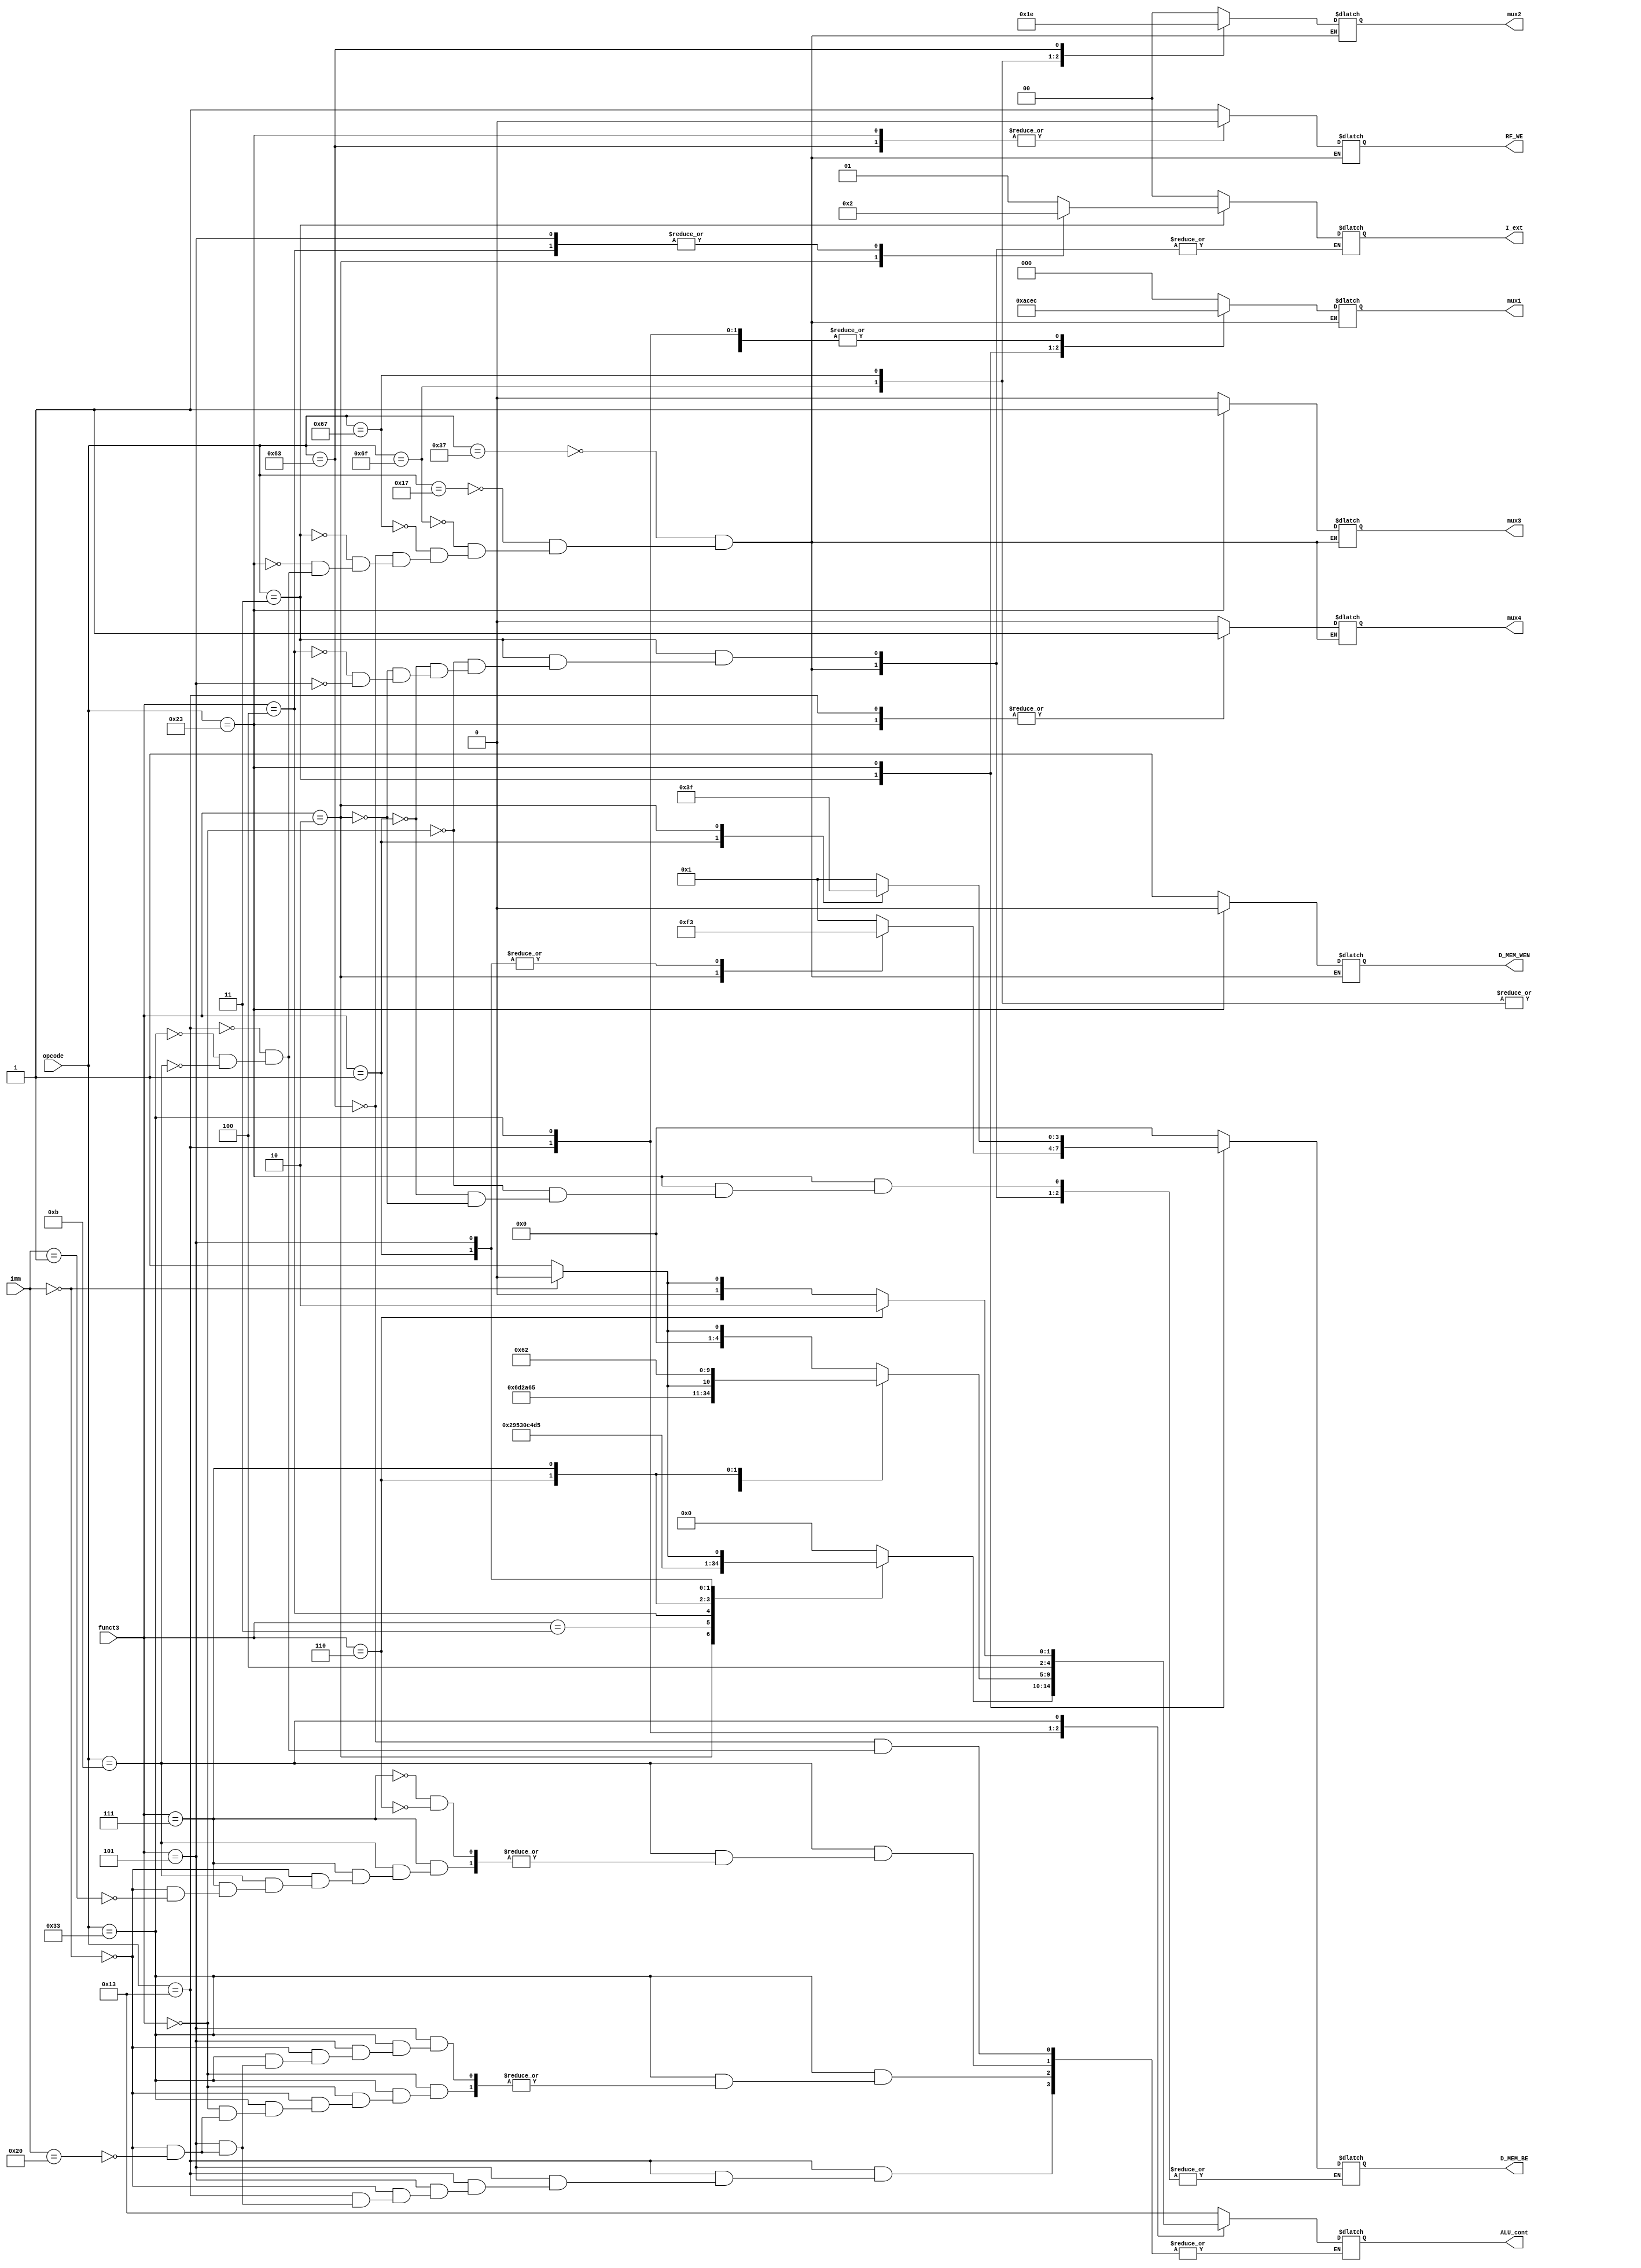
module control_flow(
    
    input wire [6:0] opcode,    //I_MEM_DI[6:0]
    input wire [2:0] funct3,    //I_MEM_DI[14:12]
    input wire [6:0] imm,       //I_MEM_DI[31:25]

    output reg RF_WE,          //Write-enable on Register FIle
    output reg D_MEM_WEN,      //Write-enable-negative on Data Memory
    output reg [3:0] D_MEM_BE,       //Byte-enable on Data Memory
    output reg [1:0] I_ext,          //1: Sign Exten, 2: Zero Exten
    output reg [4:0] ALU_cont,        //ALU control

    output reg [2:0] mux1,
    output reg [1:0] mux2,
    output reg mux3,
    output reg mux4
);

    always @(*) begin

        case (opcode)
            7'b0110111: begin   //LUI
                RF_WE = 1;
                D_MEM_WEN = 1;
                D_MEM_BE = 0;
                I_ext = 0;

                mux1 = 0;
                mux2 = 0;
                mux3 = 0;
                mux4 = 0;
            end
            7'b0010111: begin   //AUIPC
                RF_WE = 1;
                D_MEM_WEN = 1;
                D_MEM_BE = 0;
                I_ext = 0;

                mux1 = 1;
                mux2 = 0;
                mux3 = 0;
                mux4 = 0;
            end
            7'b1101111: begin   //JAL
                RF_WE = 1;
                D_MEM_WEN = 1;
                D_MEM_BE = 0;
                I_ext = 0;

                mux1 = 2;
                mux2 = 1;
                mux3 = 0;
                mux4 = 0;
            end
            7'b1100111: begin   //JALR
                RF_WE = 1;
                D_MEM_WEN = 1;
                D_MEM_BE = 0;
                I_ext = 0;

                mux1 = 2;
                mux2 = 3;
                mux3 = 0;
                mux4 = 0;
            end
            7'b1100011: begin   //B-type
                RF_WE = 0;
                D_MEM_WEN = 1;
                D_MEM_BE = 0;
                I_ext = 0;
                ALU_cont = 19;

                mux1 = 6;
                mux2 = 2;
                mux3 = 0;
                mux4 = 0;
            end
            7'b0000011: begin   //I-type Load
                RF_WE = 1;
                D_MEM_WEN = 1;

                case (funct3)
                    3'b000: begin   //LB
                        D_MEM_BE = 1;
                        I_ext = 1;
                    end
                    3'b001: begin   //LH
                        D_MEM_BE = 3;
                        I_ext = 1;
                    end
                    3'b010: begin   //LW
                        D_MEM_BE = 15;
                        I_ext = 0;
                    end
                    3'b100: begin   //LBU
                        D_MEM_BE = 1;
                        I_ext = 2;
                    end
                    3'b101: begin   //LHU
                        D_MEM_BE = 3;
                        I_ext = 2;
                    end
                endcase

                mux1 = 3;
                mux2 = 0;
                mux3 = 0;
                mux4 = 0;
            end
            7'b0100011: begin   //S-type
                RF_WE = 0;
                D_MEM_WEN = 0;
                I_ext = 0;
                case (funct3)
                    3'b000: D_MEM_BE = 1;   //SB
                    3'b001: D_MEM_BE = 3;   //SH
                    3'b010: D_MEM_BE = 15;   //SW
                endcase

                mux1 = 5;
                mux2 = 0;
                mux3 = 1;
                mux4 = 1;
            end
            7'b0010011: begin   //I-type
                RF_WE = 1;
                D_MEM_WEN = 1;
                D_MEM_BE = 0;
                I_ext = 0;
                
                case(funct3)
                    3'b000: ALU_cont = 0; //ADDI
                    3'b010: ALU_cont = 20; //SLTI
                    3'b011: ALU_cont = 21; //SLTIU
                    3'b100: ALU_cont = 6; //XORI
                    3'b110: ALU_cont = 3; //ORI
                    3'b111: ALU_cont = 2; //ANDI
                    3'b001: ALU_cont = 13; //SLLI
                    3'b101: begin
                        if (imm == 7'b0000000) ALU_cont = 10; //SRLI 
                        else if (imm == 7'b0100000) ALU_cont = 11; //SRAI 
                    end
                endcase

                mux1 = 4;
                mux2 = 0;
                mux3 = 0;
                mux4 = 1;
            end
            7'b0110011: begin   //R-type
                RF_WE = 1;
                D_MEM_WEN = 1;
                D_MEM_BE = 0;
                I_ext = 0;

                case(funct3)
                    3'b000: begin
                        if (imm == 7'b0000000) ALU_cont = 0; //ADD
                        else if (imm == 7'b0100000) ALU_cont = 1; //SUB
                    end 
                    3'b001: ALU_cont = 13; //SLL
                    3'b010: ALU_cont = 20; //SLT
                    3'b011: ALU_cont = 21; //SLTU
                    3'b100: ALU_cont = 6; //XOR
                    3'b101: begin
                        if (imm == 7'b0000000) ALU_cont = 10; //SRL
                        else if (imm == 7'b0100000) ALU_cont = 11; //SRA
                    end
                    3'b110: ALU_cont = 3; //OR
                    3'b111: ALU_cont = 2; //AND
                endcase

                mux1 = 4;
                mux2 = 0;
                mux3 = 0;
                mux4 = 0;
            end
            7'b0001011: begin   //MULT, MODULO, IS_EVEN
                RF_WE = 1;
                D_MEM_WEN = 1;
                D_MEM_BE = 0;
                I_ext = 0;
                
                case(funct3)
                    3'b111: begin
                        if (imm == 7'b0000000) ALU_cont = 16;   //MULT
                        else if (imm == 7'b0000001) ALU_cont = 17;  //MODULO
                    end
                    3'b110: ALU_cont = 18;  //IS_EVEN
                endcase

                mux1 = 4;
                mux2 = 0;
                mux3 = 0;
                mux4 = 0;
            end
        endcase

    end

endmodule